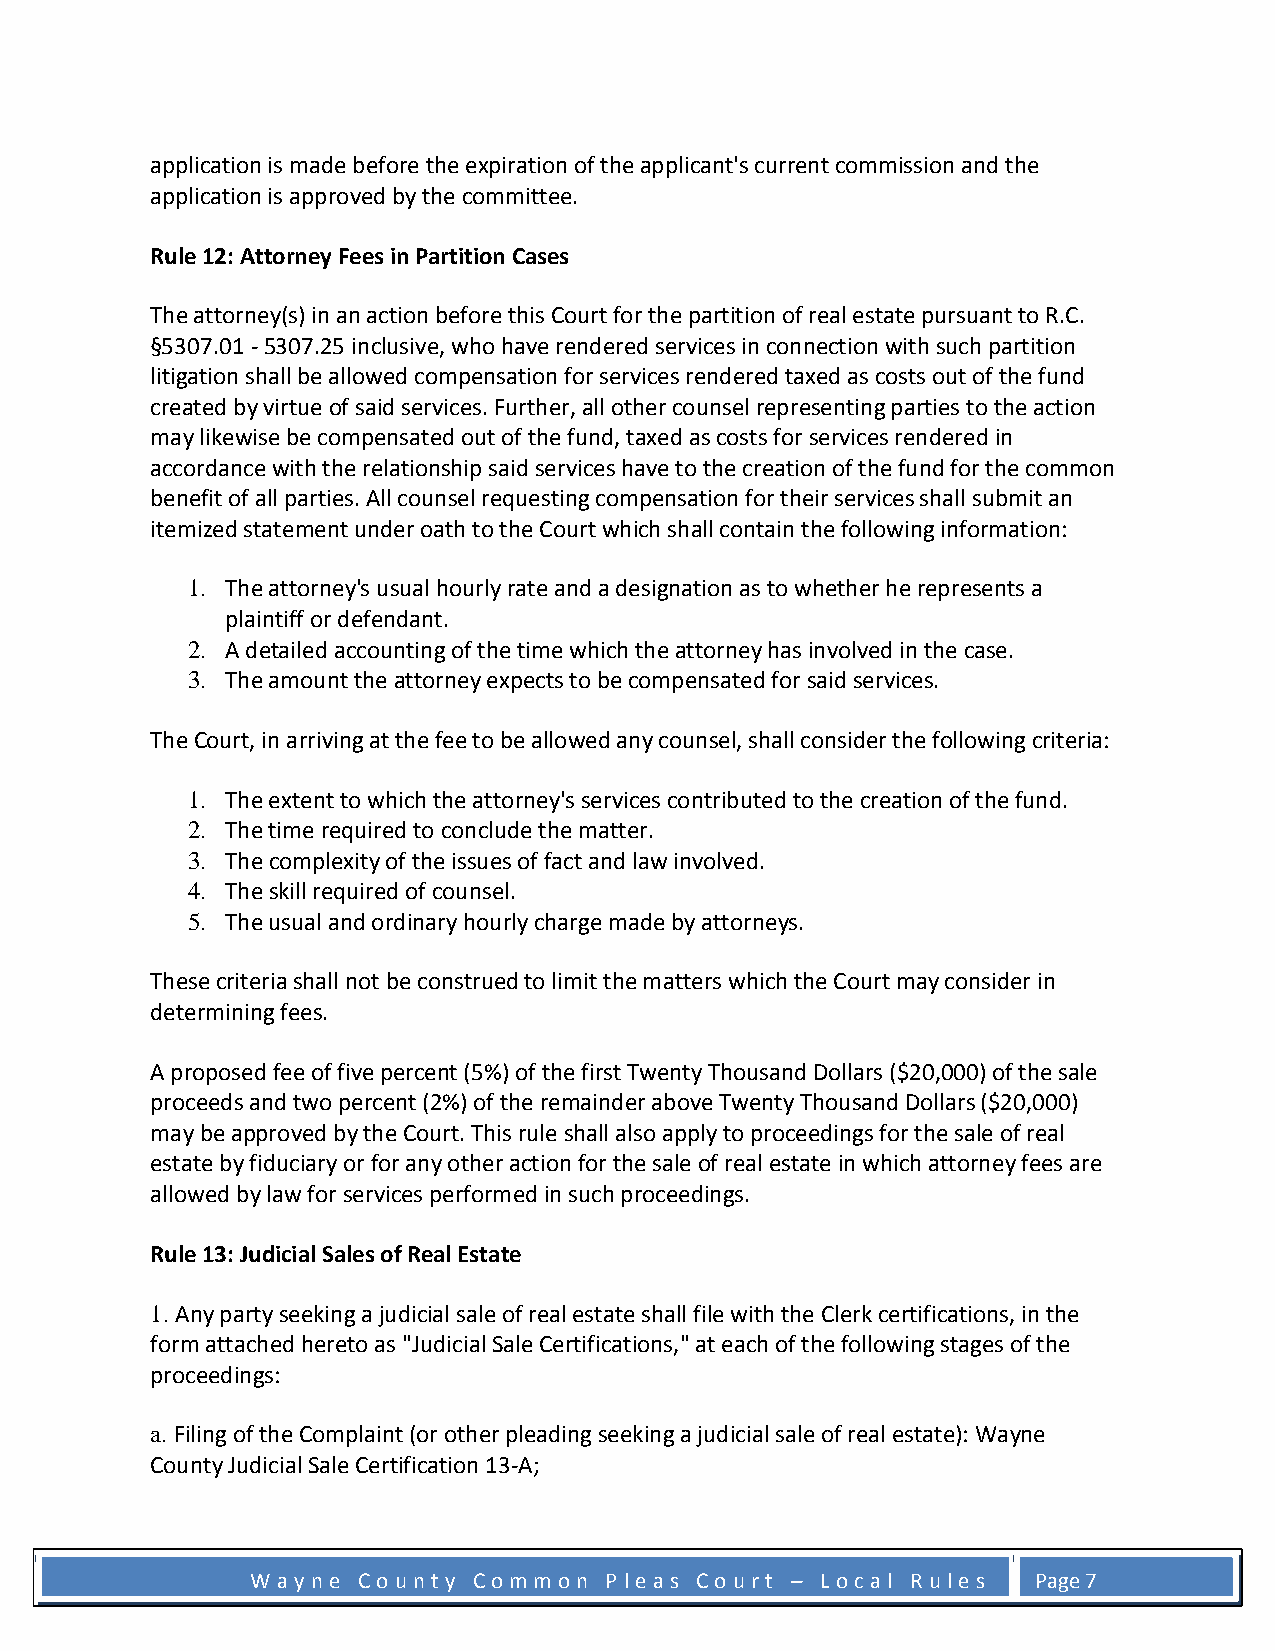
application is made before the expiration of the applicant's current commission and the
 application is approved by the committee.
 Rule 12: Attorney Fees in Partition Cases
 The attorney(s) in an action before this Court for the partition of real estate pursuant to R.C.
 §5307.01 - 5307.25 inclusive, who have rendered services in connection with such partition
 litigation shall be allowed compensation for services rendered taxed as costs out of the fund
 created by virtue of said services. Further, all other counsel representing parties to the action
 may likewise be compensated out of the fund, taxed as costs for services rendered in
 accordance with the relationship said services have to the creation of the fund for the common
 benefit of all parties. All counsel requesting compensation for their services shall submit an
 itemized statement under oath to the Court which shall contain the following information:
 1. The attorney's usual hourly rate and a designation as to whether he represents a
 plaintiff or defendant.
 2. A detailed accounting of the time which the attorney has involved in the case.
 3. The amount the attorney expects to be compensated for said services.
 The Court, in arriving at the fee to be allowed any counsel, shall consider the following criteria:
 1. The extent to which the attorney's services contributed to the creation of the fund.
 2. The time required to conclude the matter.
 3. The complexity of the issues of fact and law involved.
 4. The skill required of counsel.
 5. The usual and ordinary hourly charge made by attorneys.
 These criteria shall not be construed to limit the matters which the Court may consider in
 determining fees.
 A proposed fee of five percent (5%) of the first Twenty Thousand Dollars ($20,000) of the sale
 proceeds and two percent (2%) of the remainder above Twenty Thousand Dollars ($20,000)
 may be approved by the Court. This rule shall also apply to proceedings for the sale of real
 estate by fiduciary or for any other action for the sale of real estate in which attorney fees are
 allowed by law for services performed in such proceedings.
 Rule 13: Judicial Sales of Real Estate
 1. Any party seeking a judicial sale of real estate shall file with the Clerk certifications, in the
 form attached hereto as "Judicial Sale Certifications," at each of the following stages of the
 proceedings:
 a. Filing of the Complaint (or other pleading seeking a judicial sale of real estate): Wayne
 County Judicial Sale Certification 13-A;
 W a y n e C o u n t y C o m m o n P l e a s C o u r t – L o c a l R u l e s Page 7